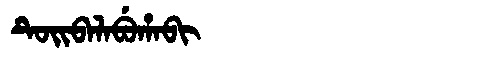
Manchu: ᡨᡠᡳᠪᠠᠯᠠᠪᡠᡥᠠᠪᡳ
Romanization: TUIBALABUHABI